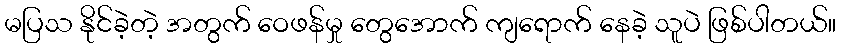
မပြသ နိုင်ခဲ့တဲ့ အတွက် ဝေဖန်မှု တွေအောက် ကျရောက် နေခဲ့ သူပဲ ဖြစ်ပါတယ်။